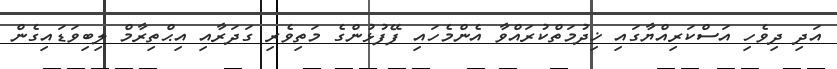
އަދި ދިވެހި އަސްކަރިއްޔާގައި ޚިދުމަތްކުރައްވާ އެންމެހައި ފޭފުޅުންގެ މަތިވެރި ގަދަރާއި އިޙްތިރާމް ލިބިވަޑައިގެން